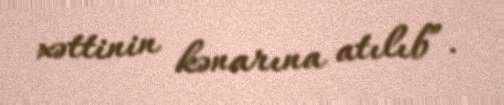
xəttinin kənarına atılıb”.